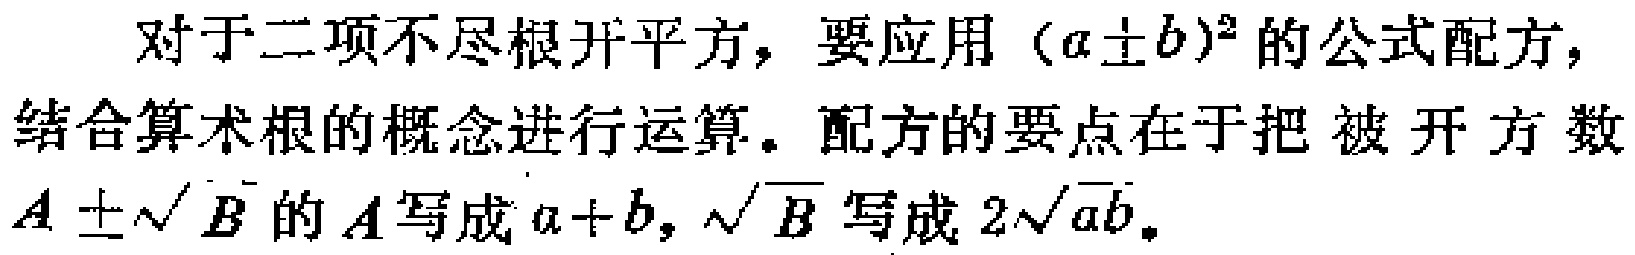
对于二项不尽根开平方，要应用\((a\pm b)^2\)的公式配方，结合算术根的概念进行运算。配方的要点在于把被开方数\(A\pm\sqrt{B}\)的\(A\)写成\(a + b\)，\(\sqrt{B}\)写成\(2\sqrt{ab}\)。